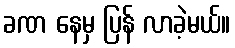
ခဏ နေမှ ပြန် လာခဲ့မယ်။